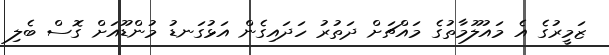
ޒަމީރުގެ އެ މައުލޫމާތުގެ މައްޗަށް ދަތުރު ހަދައިގެން އަޅުގަނޑު މުންޑޫއަށް ގޮސް ބެލި